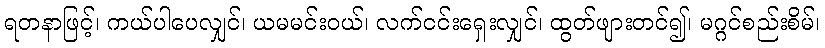
ရတနာဖြင့်၊ ကယ်ပါပေလျှင်၊ ယမမင်းဝယ်၊ လက်ငင်းရှေးလျှင်၊ ထွတ်ဖျားတင်၍၊ မဂ္ဂင်စည်းစိမ်၊